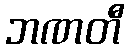
ဘဏတီ